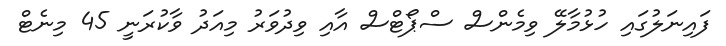
ފައިނަލުގައި ހުޅުމާލޭ ވިމެންސް ސްޕޯޓްސް އާއި ވިދުވަރު މިއަދު ވާކުރަނީ 45 މިނެޓް